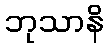
ဘုသာနိ